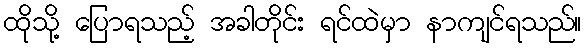
ထိုသို့ ပြောရသည့် အခါတိုင်း ရင်ထဲမှာ နာကျင်ရသည်။